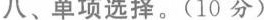
八、单项选择。(10 分)